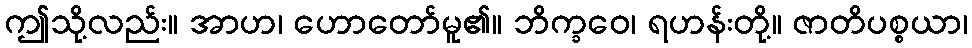
ဤသို့လည်း။ အာဟ၊ ဟောတော်မူ၏။ ဘိက္ခဝေ၊ ရဟန်းတို့။ ဇာတိပစ္စယာ၊